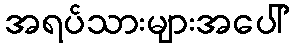
အရပ်သားများအပေါ်